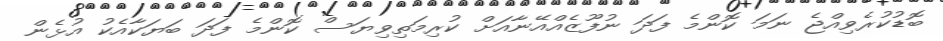
ބޮޑުކުރެވިއްޖެ ނަމަ ކޮންމެ ފަދަ ނުފޫޒެއްއޭނާއަށް ކުރިމަތިވިޔަސް ކޮންމެ ފަދަ ބަޔަކާއެކު އުޅެން